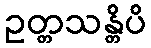
ဥတ္တသန္တိပိ